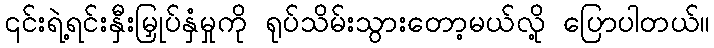
၎င်းရဲ့ရင်းနှီးမြှုပ်နှံမှုကို ရုပ်သိမ်းသွားတော့မယ်လို့ ပြောပါတယ်။